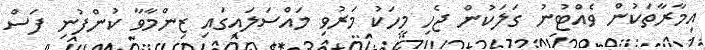
އިމާރާތަކުން ވެއްޓުނު ގަލަކުން ޖެހި މީހަކު މަރުވި މައްސަލައިގައި ޒިންމާވާ ކުންފުނި ފަސް